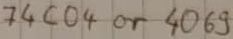
Text: 74c04 or 4069